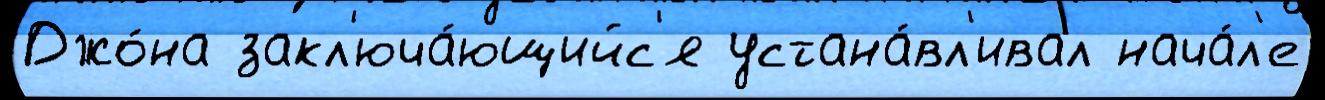
Джо́на закл'юча́ющийс'я устана́вл'ивал нача́л'е